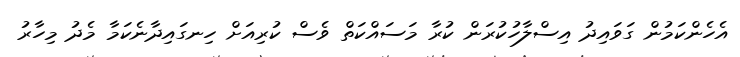
އެހެންކަމުން ގަވައިދު އިސްލާހުކުރަން ކުރާ މަސައްކަތް ވެސް ކުރިއަށް ހިނގައިދާނެކަމާ މެދު މިހާރު